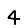
Digit: 4